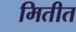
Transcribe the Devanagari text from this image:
मितीत